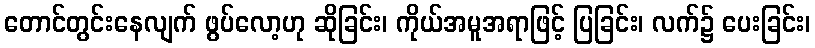
တောင်တွင်းနေလျက် ဖွပ်လော့ဟု ဆိုခြင်း၊ ကိုယ်အမူအရာဖြင့် ပြခြင်း၊ လက်၌ ပေးခြင်း၊